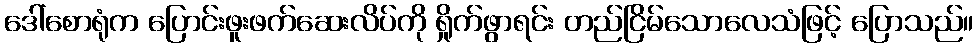
ဒေါ်စောရုံက ပြောင်းဖူးဖက်ဆေးလိပ်ကို ရှိုက်ဖွာရင်း တည်ငြိမ်သောလေသံဖြင့် ပြောသည်။